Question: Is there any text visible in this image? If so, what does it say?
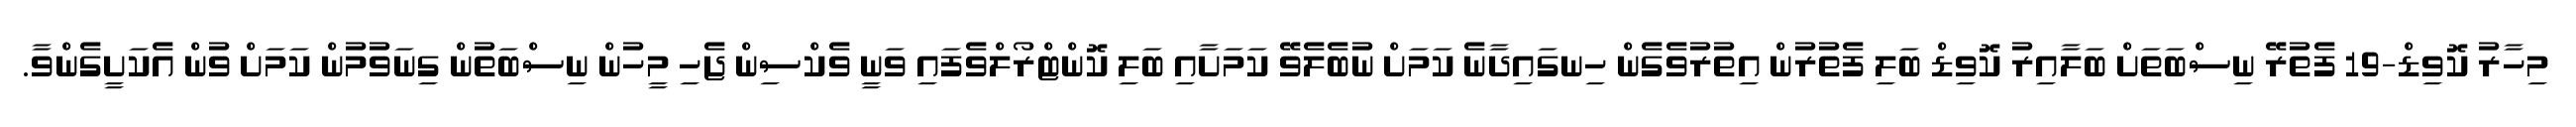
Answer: މިހާރު ކޮވިޑް-19 ފެތުރޭ ނިސްބަތަށް ބަލާއިރު ކޮވިޑް ބަލި ފެތުރުން އިތުރުވެގެން ހިނގައިދާނެ ކަމަށް ނުބެލެވޭ ކަމަށާއި ބަލި ކޮންޓްރޯލްވެފައި ވަނީ ވެކްސިން ޖެހި މީހުން ނިސްބަތުން ގިނަވުމުން ކަމަށް ވުން އެކަށީގެންވާ.